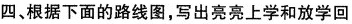
四、根据下面的路线图，写出亮亮上学和放学回